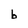
Character: b